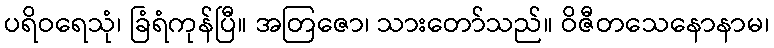
ပရိဝရေသုံ၊ ခြံရံကုန်ပြီ။ အတြဇော၊ သားတော်သည်။ ဝိဇီတသေနောနာမ၊